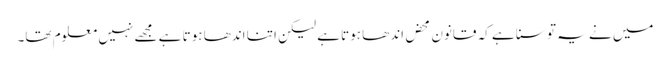
میں نے یہ تو سنا ہے کہ قانون محض اندھا ہوتا ہے لیکن اتنا اندھا ہوتا ہے مجھے نہیں معلوم تھا۔